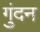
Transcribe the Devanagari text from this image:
गुंदन